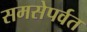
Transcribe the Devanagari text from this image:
समसेपर्वत